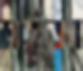
মর্তুজা